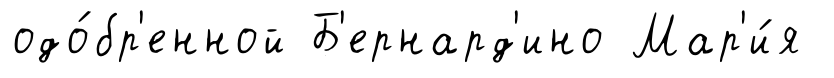
одо́бр'енной Б'ернард'ино Мар'и́я